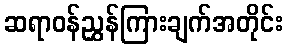
ဆရာဝန်ညွှန်ကြားချက်အတိုင်း